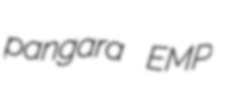
pangara EMP